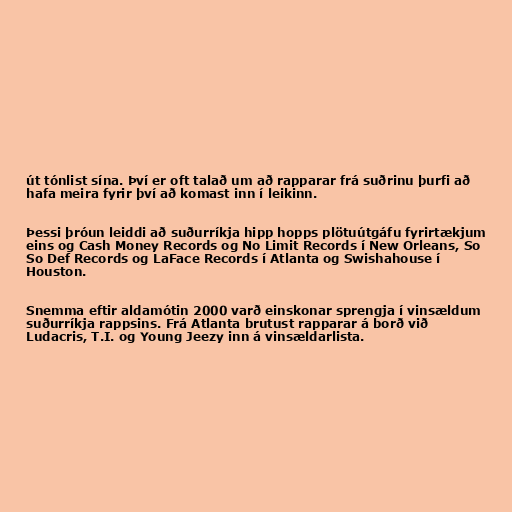
út tónlist sína. Því er oft talað um að rapparar frá suðrinu þurfi að
hafa meira fyrir því að komast inn í leikinn.

Þessi þróun leiddi að suðurríkja hipp hopps plötuútgáfu fyrirtækjum
eins og Cash Money Records og No Limit Records í New Orleans, So
So Def Records og LaFace Records í Atlanta og Swishahouse í
Houston.

Snemma eftir aldamótin 2000 varð einskonar sprengja í vinsældum
suðurríkja rappsins. Frá Atlanta brutust rapparar á borð við
Ludacris, T.I. og Young Jeezy inn á vinsældarlista.